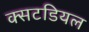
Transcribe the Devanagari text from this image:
क्सटडियल